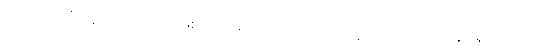
သုဘာသုဘံ၊ သူတော်ကောင်းဖြစ်သောယောဂါဝစရပုဂ္ဂိုလ်တို့သည် အသုဘဟူ၍ရှုအပ်သော။